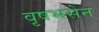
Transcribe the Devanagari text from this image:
वृषभसेन